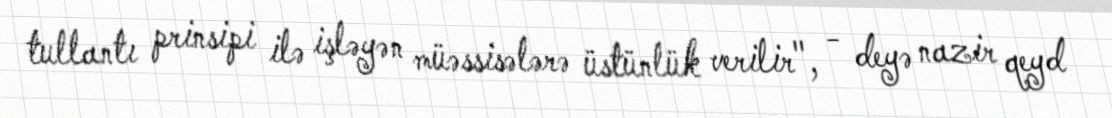
tullantı prinsipi ilə işləyən müəssisələrə üstünlük verilir", - deyə nazir qeyd